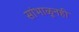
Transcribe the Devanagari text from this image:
सांभाळूनही